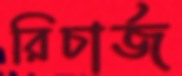
রিচার্জ